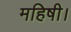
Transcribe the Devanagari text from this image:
महिषी।